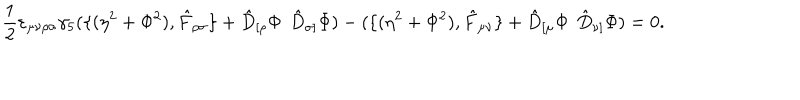
\frac { 1 } { 2 } \varepsilon _ { \mu \nu \rho \sigma } \gamma _ { 5 } ( \{ ( \eta ^ { 2 } + \Phi ^ { 2 } ) , \hat { F } _ { \rho \sigma } \} + \hat { D } _ { [ \rho } \Phi \: \: \hat { D } _ { \sigma ] } \Phi ) - ( \{ ( \eta ^ { 2 } + \Phi ^ { 2 } ) , \hat { F } _ { \mu \nu } \} + \hat { D } _ { [ \mu } \Phi \: \: \hat { D } _ { \nu ] } \Phi ) = 0 .